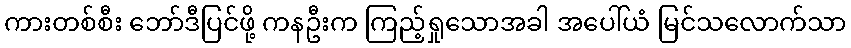
ကားတစ်စီး ဘော်ဒီပြင်ဖို့ ကနဦးက ကြည့်ရှုသောအခါ အပေါ်ယံ မြင်သလောက်သာ